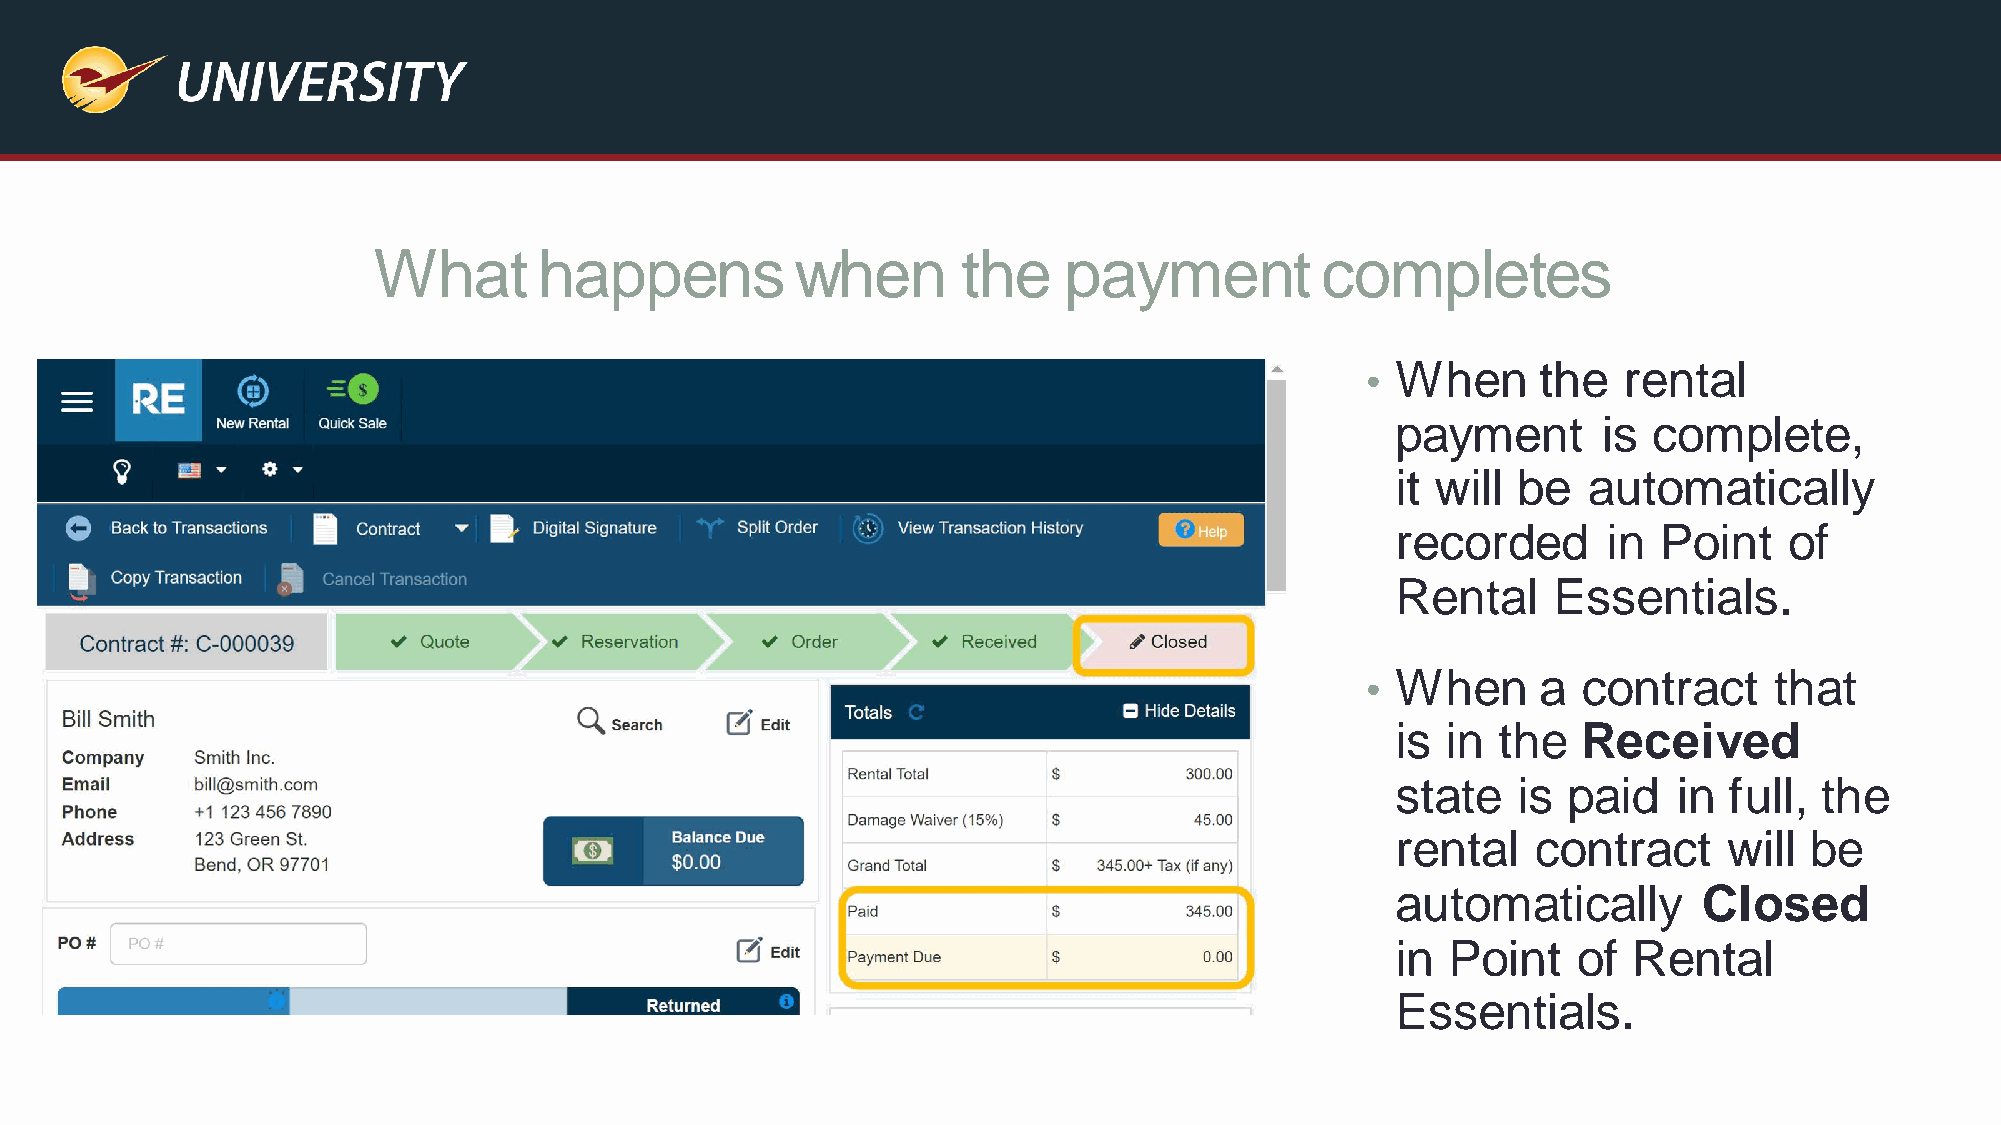
What       happens          when       the   payment          completes
 • When      the  rental
 payment       is complete,
 it will be   automatically
 recorded      in  Point   of
 Rental     Essentials.
 • When      a  contract    that
 is  in the   Received
 state   is  paid   in full, the
 rental    contract    will  be
 automatically        Closed
 in  Point   of  Rental
 Essentials.